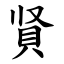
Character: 䝨